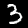
Label: 3